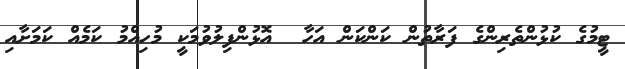
ޓީމުގެ ކުޅުންތެރިންގެ ފަރާތުން ކަންކަން އަހާ  އޮޅުންފިލުވުމަކީ މުހިއްމު ކަމެއް ކަމަށާއި